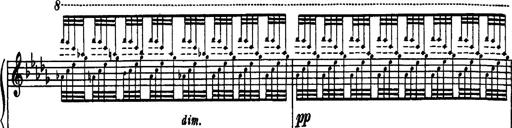
Title: Paraphrase de concert sur Rigoletto
Composer: Franz Liszt